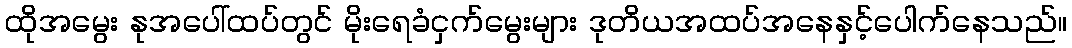
ထိုအမွေး နုအပေါ်ထပ်တွင် မိုးရေခံငှက်မွေးများ ဒုတိယအထပ်အနေနှင့်ပေါက်နေသည်။